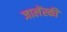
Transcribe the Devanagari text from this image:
जालेंस्की